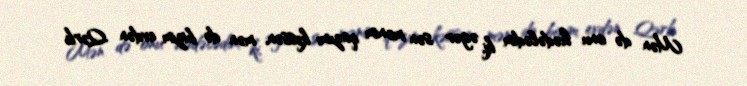
Mən də onu hədələdim ki, əgər sən mənim qazımı kəssən, mən də bizim evdən Qərb